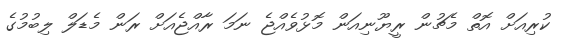
ކުރިއަށް އޮތް މެޗުން ރީޔޫނިއަން މޮޅުވެއްޖެ ނަމަ ރާއްޖެއަށް ރަން މެޑަލް ލިބުމުގެ